Indian journal of veterinary science and animal husbandry - Volume 10,
Year: 1940
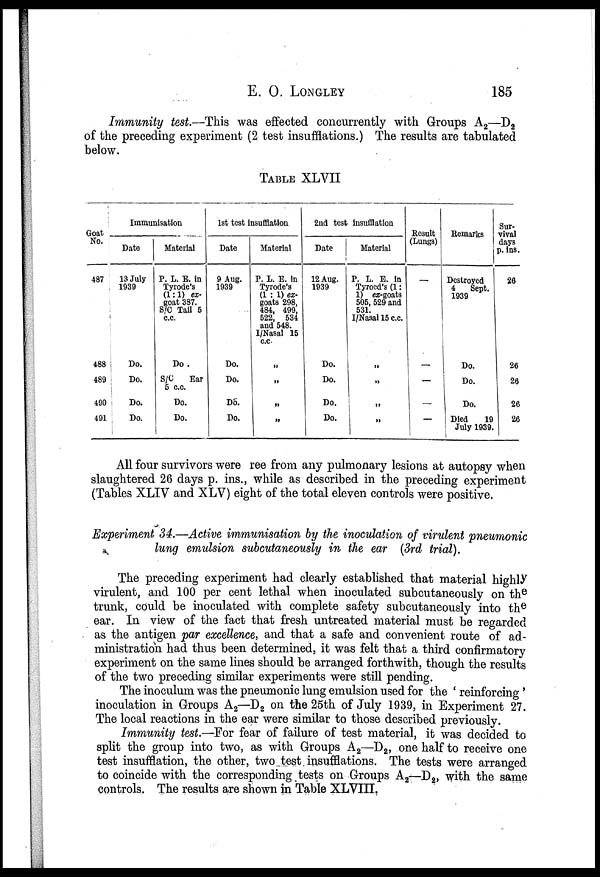
E.
O.
LONGLEY
185
Immunity test.—This was effected concurrently with Groups A 2 —D 2
of the preceding experiment (2 test insufflations.) The results are tabulated
below.
TABLE XLVII
Goat
No.
487
488
489
490
491
Immunisation
Date
13 July
1939
Do.
Do.
Do.
Do.
Material
P. L. E. in
Tyrode's
(1:1) ex-
goat 387.
S/C Tail 5
c.c.
Do.
S/C
Ear
5 c.c.
Do.
Do.
1st test insufflation
Date
9 Aug.
1939
Do.
Do.
Do.
Do.
Material
P. L. E. in
Tyrode's
(1 : 1) ex-
goats 298,
484, 499,
522, 534
and 548.
I/Nasal 15
c.c.
„
„
„
„
2nd test insufflation
Date
12 Aug.
1939
Do.
Do.
Do.
Do.
Material
P. L. E. in
Tyroed's (1:
1) ex-goats
505, 529 and
531.
I/Nasal 15 c.c.
„
„
„
„
Result
(Lungs)
—
—
—
—
—
Remarks
Destroyed
4
Sept.
1939
Do.
Do.
Do.
Died
19
July 1939.
Sur-
vival
days
p. ins.
26
26
26
26
26
All four survivors were ree from any pulmonary lesions at autopsy when
slaughtered 26 days p. ins., while as described in the preceding experiment
(Tables XLIV and XLV) eight of the total eleven controls were positive.
Experiment 34.—Active immunisation by the inoculation of virulent pneumonic
lung emulsion subcutaneously in the ear (3rd trial).
The preceding experiment had clearly established that material highly
virulent, and 100 per cent lethal when inoculated subcutaneously on the
trunk, could be inoculated with complete safety subcutaneously into the
ear. In view of the fact that fresh untreated material must be regarded
as the antigen par excellence, and that a safe and convenient route of ad-
ministration had thus been determined, it was felt that a third confirmatory
experiment on the same lines should be arranged forthwith, though the results
of the two preceding similar experiments were still pending.
The inoculum was the pneumonic lung emulsion used for the ' reinforcing'
inoculation in Groups A 2 —D 2 on the 25th of July 1939, in Experiment 27.
The local reactions in the ear were similar to those described previously.
Immunity test.—For fear of failure of test material, it was decided to
split the group into two, as with Groups A 2 —D 2 , one half to receive one
test insufflation, the other, two test insufflations. The tests were arranged
to coincide with the corresponding tests on Groups A 2 —D 2 , with the same
controls. The results are shown in Table XLVIII.